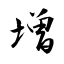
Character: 增